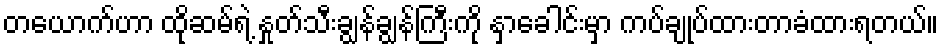
တယောက်ဟာ ထိုဆမ်ရဲ့ နှုတ်သီးချွန်ချွန်ကြီးကို နှာခေါင်းမှာ ကပ်ချုပ်ထားတာခံထားရတယ်။